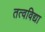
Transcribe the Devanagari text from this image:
तत्वविद्या